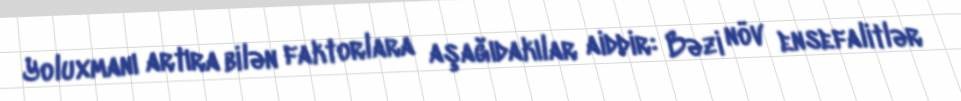
Yoluxmanı artıra bilən faktorlara aşağıdakılar aiddir: Bəzi növ ensefalitlər